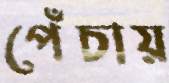
পেঁচায়